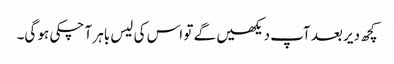
کچھ دیر بعد آپ دیکھیں گے تو اس کی لیس باہر آ چکی ہو گی۔